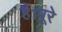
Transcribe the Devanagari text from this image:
हैं।पूरे